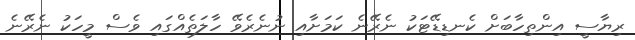
ރިޔާސީ އިންތިހާބަށް ކެނޑިޑޭޓަކު ނެރޭނެ ކަމަށާއި ނުނެރެވޭ ހާލަތެއްގައި ވެސް މީހަކު ނެރޭނެ